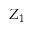
Z _ { 1 }